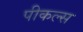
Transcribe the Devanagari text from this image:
पीकल्स